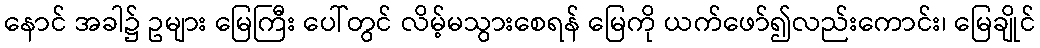
နောင် အခါ၌ ဥများ မြေကြီး ပေါ်တွင် လိမ့်မသွားစေရန် မြေကို ယက်ဖော်၍လည်းကောင်း၊ မြေချိုင်